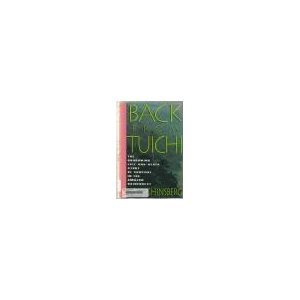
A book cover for Back from Tuichi; Yossi Ghinsberg; Travel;